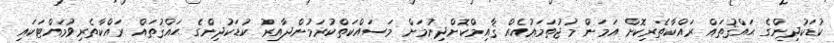
ކުޑަކުދިންގެ ޙައްޤުތައް ރައްކާތެރިކޮށް އަމަން މުޖުތަމަޢުއެއް ޤާއިމްކޮށްދިނުމަށް މަސައްކަތްކުރަމުންދާއިރު ކުޑަކުދިންގެ ޙައްޤުތައް ރައްކާތެރިވުމައްޓަކައި